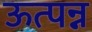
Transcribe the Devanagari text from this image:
ऊत्पन्न